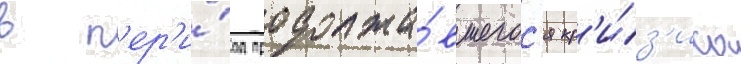
в п'ер'и́од продолжа́вшегос'я кр'и́з'иса